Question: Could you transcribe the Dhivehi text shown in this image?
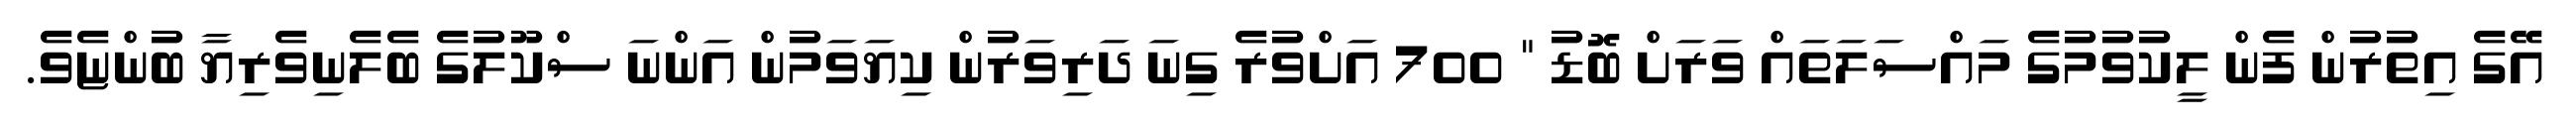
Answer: އޭގެ އިތުރުން ފެން ލީކުވުމުގެ މައްސަލަތައް ވަރަށް ބޮޑު " 700 އަށްވުރެ ގިނަ ދަރިވަރުން ކިޔަވަމުން އަންނަ ސްކޫލުގެ ބެލެނިވެރިޔާ ބުންޏެވެ.